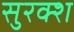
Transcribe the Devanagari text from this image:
सुरक्श